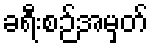
ခရီးစဉ်အမှတ်